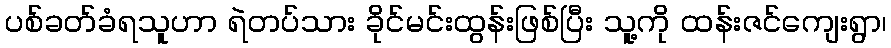
ပစ်ခတ်ခံရသူဟာ ရဲတပ်သား ခိုင်မင်းထွန်းဖြစ်ပြီး သူ့ကို ထန်းဇင်ကျေးရွာ၊